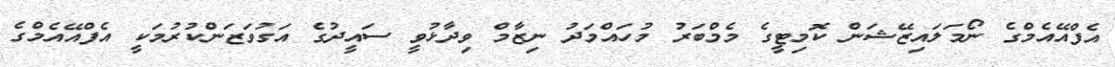
އެފްއޭއެމްގެ ނޯމަލައިޒޭޝަން ކޮމިޓީގެ މެމްބަރު މުހައްމަދު ނިޒާމް ވިދާޅުވީ ސައީދުގެ އަގުވަޒަންކުރުމަކީ އެފްއޭއެމްގެ